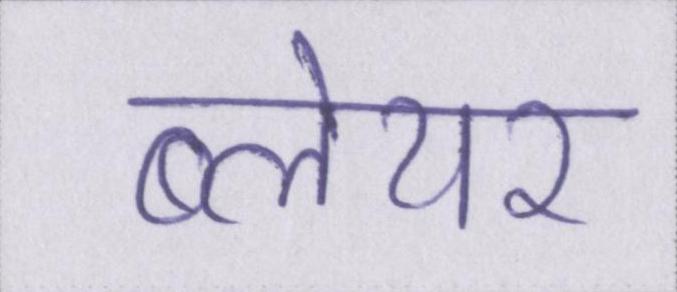
ब्लेयर